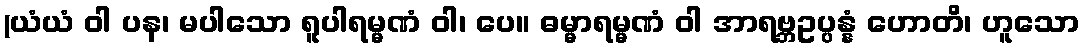
(ယံယံ ဝါ ပန၊ မပါသော ရူပါရမ္မဏံ ဝါ၊ ပေ။ ဓမ္မာရမ္မဏံ ဝါ အာရဗ္ဘဥပ္ပန္နံ ဟောတိ၊ ဟူသော